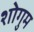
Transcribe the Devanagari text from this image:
शोगुम